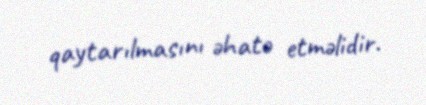
qaytarılmasını əhatə etməlidir.